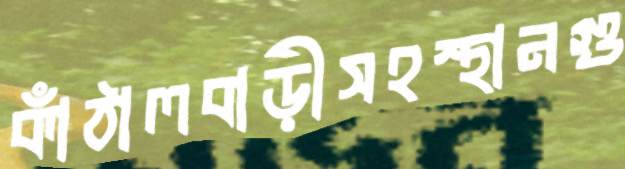
কাঁঠালবাড়ীসহস্থানগু